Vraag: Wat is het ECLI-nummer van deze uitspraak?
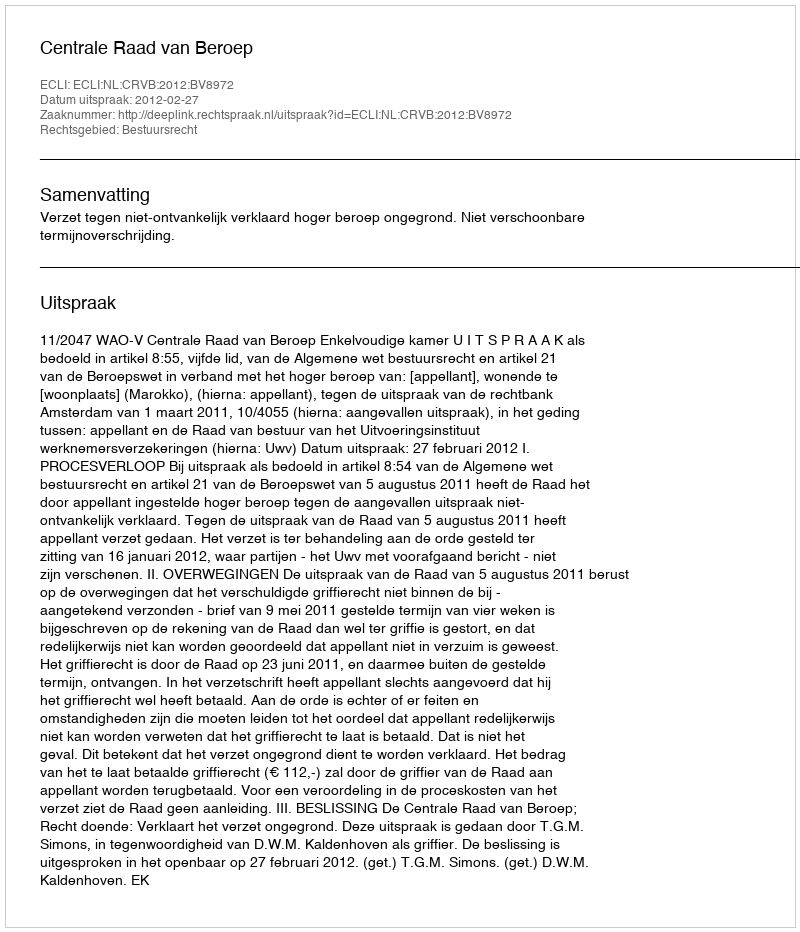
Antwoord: ECLI:NL:CRVB:2012:BV8972